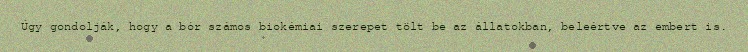
Úgy gondolják, hogy a bór számos biokémiai szerepet tölt be az állatokban, beleértve az embert is.